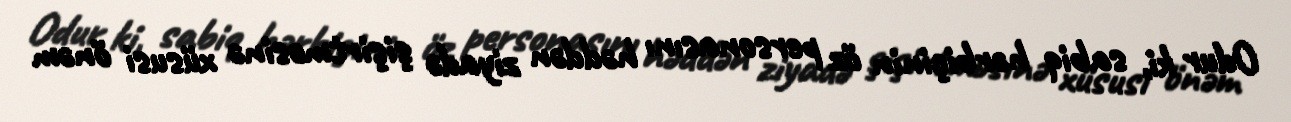
Odur ki, sabiq hərbiçinin öz personasını həddən ziyadə şişirtməsinə xüsusi önəm